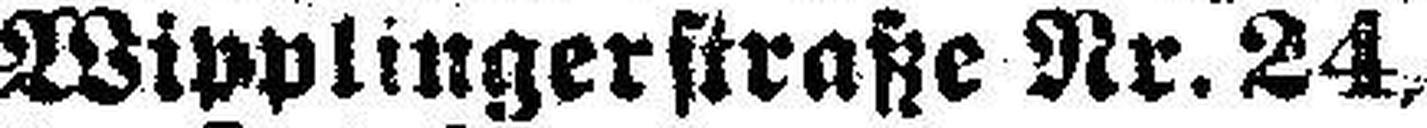
Wipplingerstraße Nr. 24,